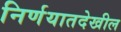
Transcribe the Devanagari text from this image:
निर्णयातदेखील